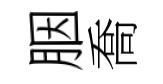
胭喬